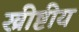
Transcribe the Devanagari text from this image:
ख्रीष्टीय